Problem: 32 - 28 = ?
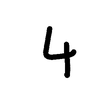
Handwritten answer: 4